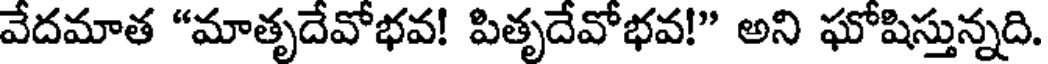
వేదమాత "మాతృదేవోభవ! పితృదేవోభవ!" అని ఘోషిస్తున్నది